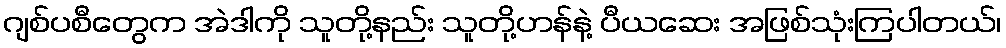
ဂျစ်ပစီတွေက အဲဒါကို သူတို့နည်း သူတို့ဟန်နဲ့ ပီယဆေး အဖြစ်သုံးကြပါတယ်၊